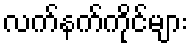
လက်နက်ကိုင်များ